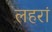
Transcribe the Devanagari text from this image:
लहरां